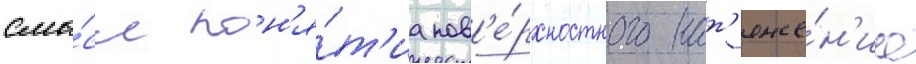
смы́сл пон'я́т'иа пов'е́рхностного нат'яже́н'иа